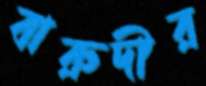
বারুদীর